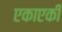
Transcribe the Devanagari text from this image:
एकाएकीं